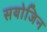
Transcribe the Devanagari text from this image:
सयोजिन